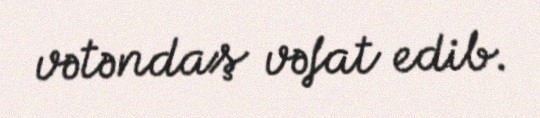
vətəndaş vəfat edib.